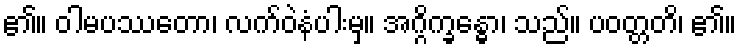
၏။ ဝါမပဿတော၊ လက်ဝဲနံပါးမှ။ အဂ္ဂိက္ခန္ဓော၊ သည်။ ပဝတ္တတိ၊ ၏။